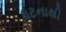
ધટનાથી